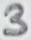
Text: 3